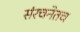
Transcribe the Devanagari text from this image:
संरचनेतच